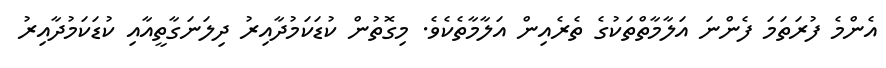
އެންމެ ފުރަތަމަ ފެންނަ އަލާމާތްތަކުގެ ތެރެއިން އަލާމާތެކެވެ. މިގޮތުން ކުޑަކަމުދާއިރު ދިލަނަގާތީއާއި ކުޑަކަމުދާއިރު